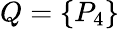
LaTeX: Q=\{ P_{4}\}